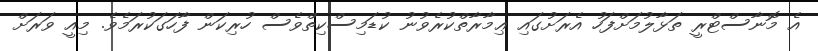
އެ މޮނާސްޓްރީ ތަޅާލުމަށްފަހު އެރަށުގައި ޢިމާރާތްކުރެވުނު ކުޑަމިސްކިތްވެސް ހުރިކަން ފާހަގަކުރަމެވެ. މިއީ ވަރަށް